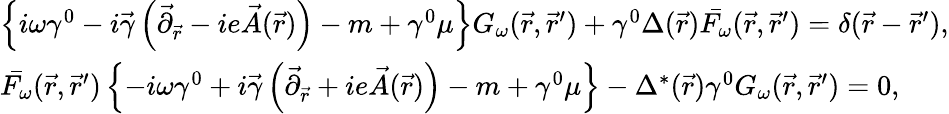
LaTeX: \begin{array}{l}{{\left\{ i\omega\gamma^{0}-i\vec{\gamma}\left(\vec{\partial}_{\vec{r}}-ie\vec{A}(\vec{r})\right)-m+\gamma^{0}\mu\right\} G_{\omega}(\vec{r},\vec{r}^{\prime})+\gamma^{0}\Delta(\vec{r})\bar{F_{\omega}}(\vec{r},\vec{r}^{\prime})=\delta(\vec{r}-\vec{r}^{\prime}),}}\\ {{\bar{F_{\omega}}(\vec{r},\vec{r}^{\prime})\left\{ -i\omega\gamma^{0}+i\vec{\gamma}\left(\vec{\partial}_{\vec{r}}+ie\vec{A}(\vec{r})\right)-m+\gamma^{0}\mu\right\} -\Delta^{*}(\vec{r})\gamma^{0}G_{\omega}(\vec{r},\vec{r}^{\prime})=0,}}\end{array}